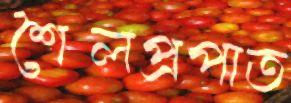
শৈলপ্রপাত